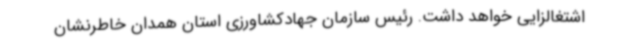
اشتغالزایی خواهد داشت. رئیس سازمان جهادکشاورزی استان همدان خاطرنشان